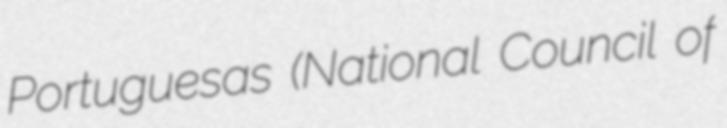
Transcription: Portuguesas (National Council of